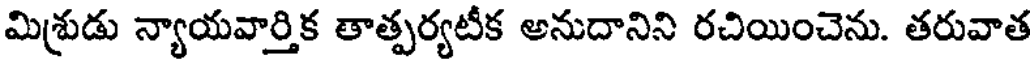
మిశ్రుడు న్యాయవార్తిక తాత్పర్యటీక అనుదానిని రచియించెను. తరువాత